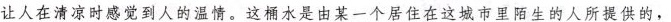
让人在清凉时感觉到人的温情。这桶水是由某一个居住在这城市里陌生的人所提供的，